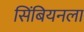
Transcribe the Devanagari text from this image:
सिंबियनला